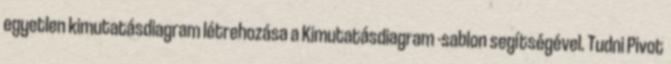
egyetlen kimutatásdiagram létrehozása a Kimutatásdiagram -sablon segítségével. Tudni Pivot